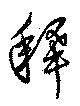
釈